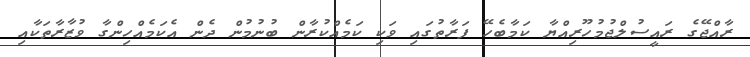
ރާއްޖޭގެ ރައީސުލްޖުމުހޫރިއްޔާ ކަމާބެހޭ ފަރާތުގައި ވަކި ކަމެއްކުރާން ބުނުމުން ދެން އެކަމެއްހިންގާ ވުޒާރާތަކާއި